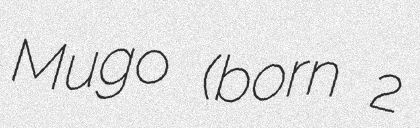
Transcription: Mugo (born 2